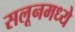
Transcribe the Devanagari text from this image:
सलूनमध्ये